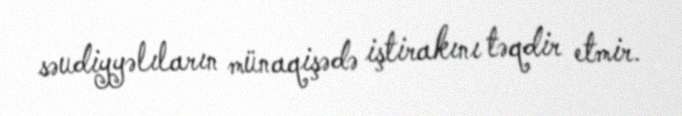
səudiyyəlıların münaqişədə iştirakını təqdir etmir.